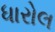
ધારોલ